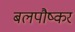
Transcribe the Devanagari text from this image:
बलपौष्कर